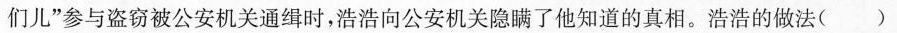
们儿”参与盗窃被公安机关通缉时，浩浩向公安机关隐瞒了他知道的真相。浩浩的做法（）